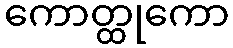
ကောတ္ထုကော